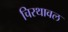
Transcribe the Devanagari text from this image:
चिरथावल